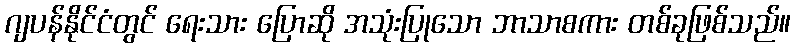
ဂျပန်နိုင်ငံတွင် ရေးသား ပြောဆို အသုံးပြုသော ဘာသာစကား တစ်ခုဖြစ်သည်။